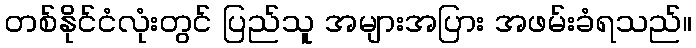
တစ်နိုင်ငံလုံးတွင် ပြည်သူ အများအပြား အဖမ်းခံရသည်။